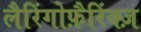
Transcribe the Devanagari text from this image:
लैरिंगोफ़ैरिंक्ज़